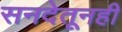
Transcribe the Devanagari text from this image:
सनदेतूनही